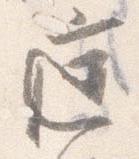
庭